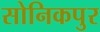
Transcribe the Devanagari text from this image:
सोनिकपुर